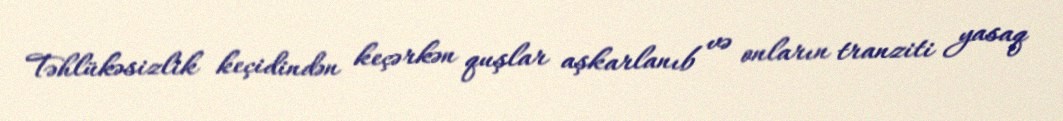
Təhlükəsizlik keçidindən keçərkən quşlar aşkarlanıb və onların tranziti yasaq